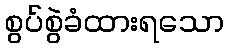
စွပ်စွဲခံထားရသော